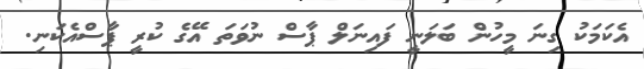
އެކަމަކު ގިނަ މީހުން ބަލަނީ ފައިނަލް ޕާސް ނުވަތަ އޭގެ ކުރީ ޕާސްއެކަނި.